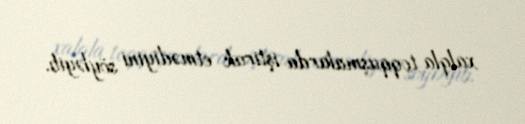
xalqla toqquşmalarda iştirak etmədiyini söyləyib.